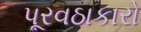
પૂરવઠાકારો